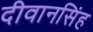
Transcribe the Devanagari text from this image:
दीवानसिंह